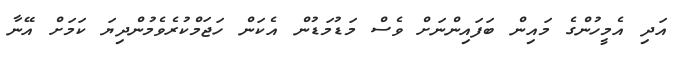
އަދި އެމީހުންގެ މައިން ބަފައިންނަށް ވެސް މަޑުމަޑުން އެކަން ހަޖަމްކުރެވެމުންދިޔަ ކަމަށް އޭނާ